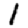
Digit: 1